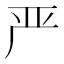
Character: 严